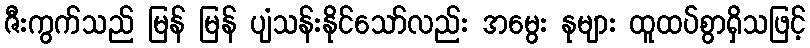
ဇီးကွက်သည် မြန် မြန် ပျံသန်းနိုင်သော်လည်း အမွေး နုများ ထူထပ်စွာရှိသဖြင့်